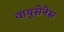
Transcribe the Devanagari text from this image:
वायुसेनेस